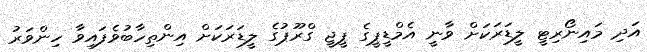
އަދި މައިނޯރިޓީ ލީޑަރަކަށް ވާނީ އެމްޑީޕީގެ ޕީޖީ ގްރޫޕުގެ ލީޑަރަކަށް އިންތިހާބުވެފައިވާ ހިންވަރު